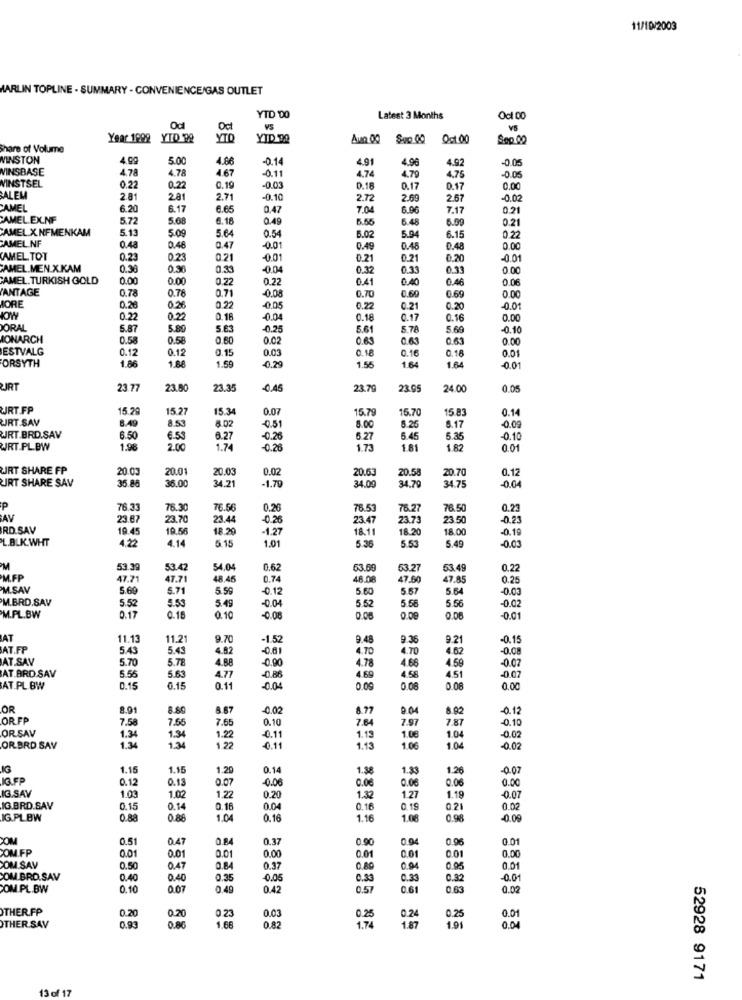
11/10/2003
MARLIN TOPLINE . SUMMARY . CONVENIENCE/GAS OUTLET
YTD 00
Latest 3 Months
Oct 00
Odl
Oct
VS
Year 1998 YTD 99
YTD
YID 00
Aun 00
Sep 00
Oct.00
Sep.00
Share of Volume
WINSTON
4.99
5.00
4.86
-0.14
4.91
4.96
-0.05
VINSBASE
4.78
4.78
4.74
4.92
-0.05
WINSTSEL
4.67
-0.11
4.79
4.75
0.22
0.22
0.19
0.03
0.18
0.17
0.17
0.00
ALEM
2.81
2.81
2.71
-0.10
2.72
2.69
2.67
-0.02
CAMEL
6.20
6.17
6.65
0.47
7.04
6.96
7.17
0.21
CAMEL.EX.NF
5.72
5.68
6.18
0.49
5.55
6.48
6.59
0.21
CAMEL X. NFMENKAM
5.13
5.00
5.64
5.94
CAMEL NF
0.54
5.02
6.15
0.22
0.48
0.48
0.47
-0.01
0.49
0.48
0.48
0.00
CAMEL TOT
0.23
0.23
0.21
-0.01
0.21
0.21
0.20
-0.01
AMEL.MEN.X.KAM
0.38
0.36
0.33
-0.04
0.32
0.33
0.33
0 00
CAMEL. TURKISH GOLD
0.00
0.00
0.22
0.22
0.41
0.40
0.46
0.06
ANTAGE
0.78
0.78
0.71
-0.08
ORE
0.70
0.69
0.69
0.00
0.26
0.26
0.22
-0.05
0.22
0.21
0.20
-0.0
HOW
0.22
0.22
0.1
-0.04
0.18
0.17
0.16
0.00
ORAL
5.87
5.80
5.63
-0.25
5.61
5.78
5.60
-0.10
MONARCH
0.58
0.58
0.60
0.02
0.63
0.63
0.63
0.00
ESTVALG
0.12
0.12
0.15
0.03
0.18
0.16
0.16
0.01
1.86
1.50
0.29
ORSYTH
1.88
1.55
1 64
1.64
-0.01
RT
23.77
23.50
23.35
-0.45
23.79
23.05
24.00
0.05
JRT.FP
15.29
15.2
15.34
0.07
15.79
15.70
15.83
0.14
URT.SAV
8.49
8.53
8.25
8.17
8.02
-0.51
8.00
0.09
JRT.BRD.SAV
6.50
€.53
6.27
-0.26
5.27
5.45
5.35
0.10
WRT.PL. BW
1.98
2.00
1.74
-0.26
1.73
181
1.82
0.01
JRT SHARE FP
20.03
20.01
20.03
0.02
20.63
20.58
0.12
IRT SHARE SAV
35 88
36.00
-1,79
34.09
34.79
20.70
-0.04
34.21
34.75
P
76.33
76.30
76.56
0.26
76.53
76.27
76.50
0.23
AV
23.67
23.70
23.44
0.26
23.47
23.73
23.50
-0.23
RD.SAV
19.45
19.56
18.20
-1.27
18.11
18.20
18.00
-0.19
L.BLK.WHT
4.22
5.15
5.49
-0.03
4.14
1.01
5.35
5.53
53.39
53.42
54.04
0.62
63.69
63.27
53.49
0.22
M.FP
47.71
47.71
48.46
0.74
48.08
47.60
47.85
0.25
M.SAV
5.69
5.71
5.59
0.12
5.60
5.67
5.64
-0.03
M.BRD.SAV
5.52
5.53
5.49
-0.04
5.52
5.56
-0.02
5.58
M.PL.BW
0.17
0.18
0.10
-0.08
0.00
0.09
0.05
-0.01
AT
11.13
11.21
9.70
-1.52
9.4
9.36
9.21
-0.15
AT.FP
5.43
5.43
4.82
-0.61
4.70
4.70
4.62
-0.08
AT.SAV
5.70
5.78
4.88
-0.90
4.78
4.68
4.59
-0.07
4.58
4.51
-0.07
AT.BRD.SAV
5.55
5.63
4.77
-0.88
4.69
AT.PL BW
0.15
0.15
0.11
-0.04
0.09
0.08
0.08
0.00
OR
8.91
8.80
8.67
-0.02
8.77
2.04
8.92
-0.12
OR FP
7.58
7.56
7.65
0.10
7.64
7.97
7.87
-0.10
ORSAV
1.34
1.34
1.22
-0.11
1.19
1.0€
1.04
-0.02
OR.BRD.SAV
1.34
1.34
1.22
-0.11
1.13
1.06
1.04
0.02
IG
1.15
1.15
1.20
0.14
1.88
1.83
1.26
-0.07
0.12
0.13
0.07
-0.06
0.06
0.06
0.06
0.00
IG.SAY
1.03
1.02
1.22
0.20
1.32
1.27
1.19
-0.07
IG.BRD.SAV
0.15
0.14
0.16
0.04
0.16
0.19
021
0.02
IG.PLBW
0.88
0.88
1.04
0.16
1.16
1.08
0.98
-0.09
ZOM
0.51
0.47
0.84
0.37
0.90
0.94
0.96
0.01
0.01
0.01
0.01
0.01
0.00
COM.FP
0.00
0.01
0.01
COM.SAV
0.50
0.47
0.84
0.37
0.89
0.04
0.95
0.01
COM .BRD.SAV
0.40
0.40
0.35
0.05
0.33
0.33
0.32
-0.01
COM.PL.BW
0.10
0.07
0.49
0.42
0.57
0.61
0.63
0.02
THER.FP
0.20
0 23
0.03
0.25
0.01
0.20
0.25
1.74
0.2
1.87
THER SAV
0.93
0.86
1.68
0.82
1.91
0.04
52928 9171
13 of 17